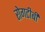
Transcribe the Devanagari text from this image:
रोगटीबी